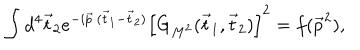
\int d ^ { 4 } \vec { t } _ { 2 } e ^ { - i \vec { p } \cdot ( \vec { t } _ { 1 } - \vec { t } _ { 2 } ) } \left[ G _ { M ^ { 2 } } ( \vec { t } _ { 1 } , \vec { t } _ { 2 } ) \right] ^ { 2 } = f ( \vec { p } ^ { 2 } ) ,